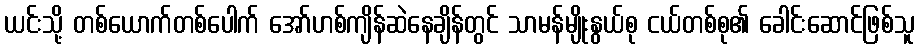
ယင်းသို့ တစ်ယောက်တစ်ပေါက် အော်ဟစ်ကျိန်ဆဲနေချိန်တွင် သာမန်မျိုးနွယ်စု ငယ်တစ်စု၏ ခေါင်းဆောင်ဖြစ်သူ